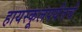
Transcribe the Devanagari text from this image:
हायस्कूलपर्यंतचे